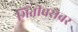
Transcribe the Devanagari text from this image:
भिंतीबरोबर